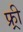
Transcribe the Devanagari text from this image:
फ्र्र्र्री